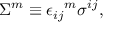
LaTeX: \Sigma ^ { m } \equiv { \epsilon _ { i j } } ^ { m } \sigma ^ { i j } ,